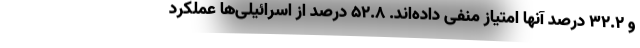
و 32.2 درصد آنها امتیاز منفی داده‌اند. 52.8 درصد از اسرائیلی‌ها عملکرد